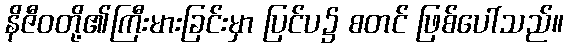
နိဇီဝတို့၏ကြီးမားခြင်းမှာ ပြင်ပ၌ စတင် ဖြစ်ပေါ်သည်။